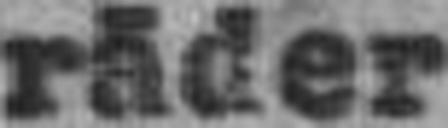
räder